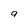
Character: q